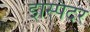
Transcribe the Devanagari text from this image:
इस्पिंदर